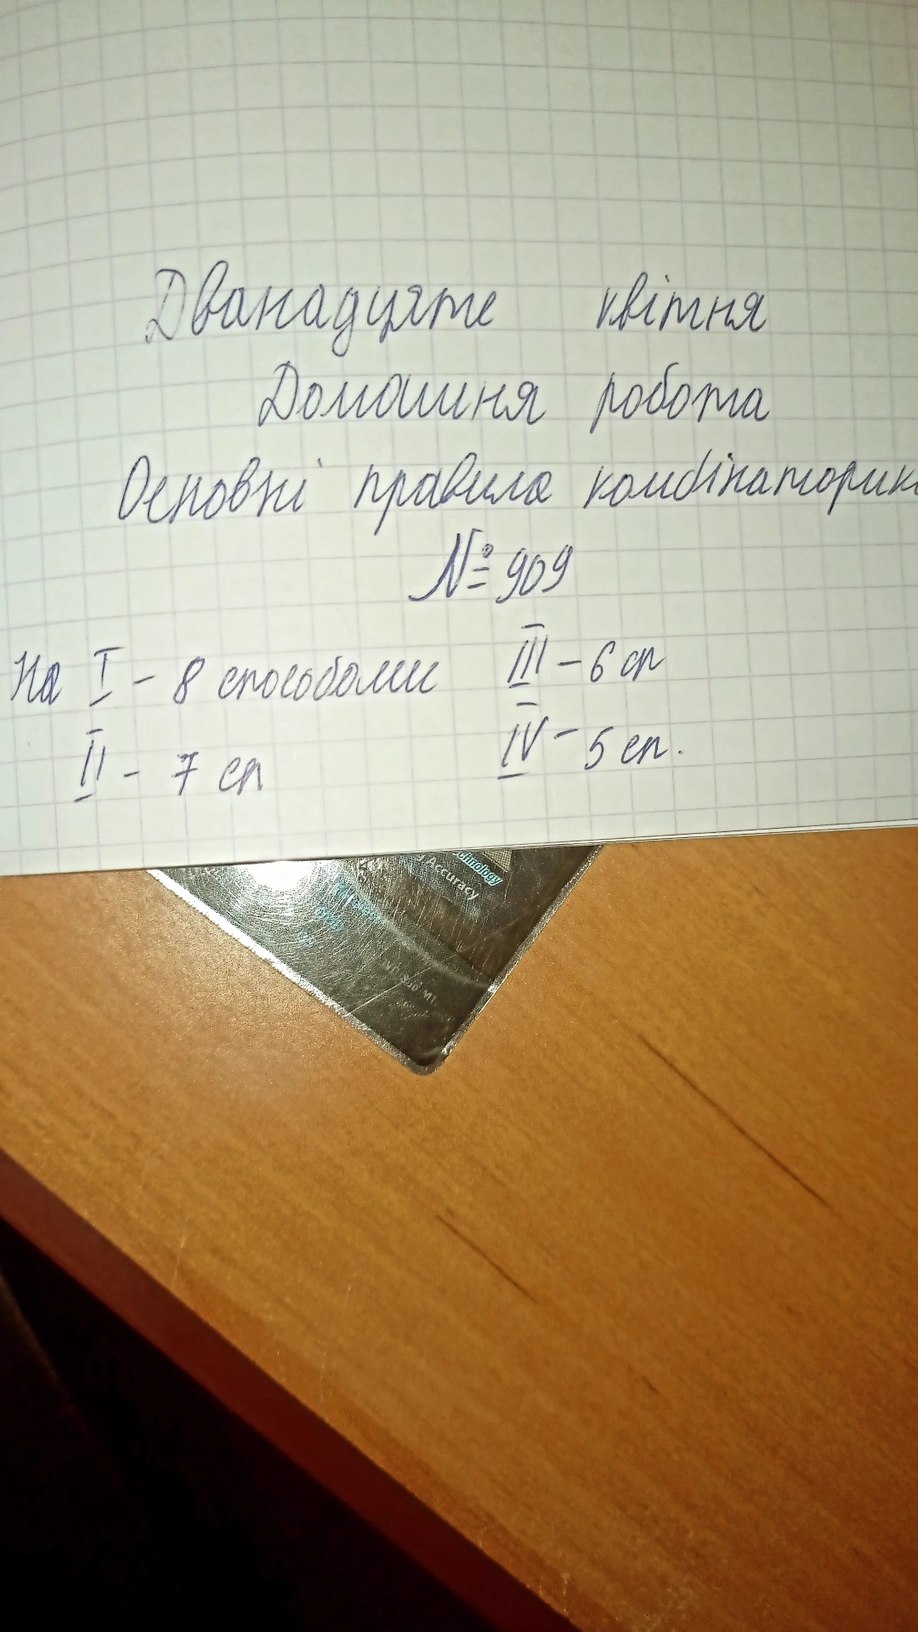
Дванадцяте квітня
Домашня робота
Основні правила комбінаторик
№ 909
На I - 8 способами III - 6 сп
IV - 5 сп
II - 7 cп